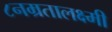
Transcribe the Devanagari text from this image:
८नम्रतालक्ष्मी